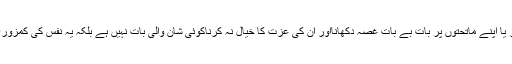
اپنے گھر والوں پر یا اپنے ماتحتوں پر بات بے بات غصہ دکھانااور اُن کی عزت کا خیال نہ کرناکوئی شان والی بات نہیں ہے بلکہ یہ نفس کی کمزوری کی علامت ہے۔